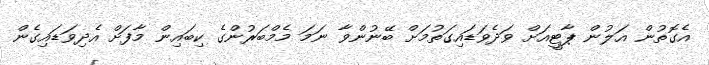
އެގޮތުން އަލުން ޕާޓީއަށް ވަދެވަޑައިގަތުމަށް ބޭނުންވާ ނަމަ މެމްބަރުންގެ ކިބައިން މާފަށް އެދިވަޑައިގެން